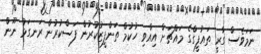
ނަމަވެސް ގާރީ ތައުފީގްގެ މައްޗަށް އިއްވި ހުކުމް ތަންފީޒުކުރުން ފަސްކުރުން ރަނގަޅު ނޫން